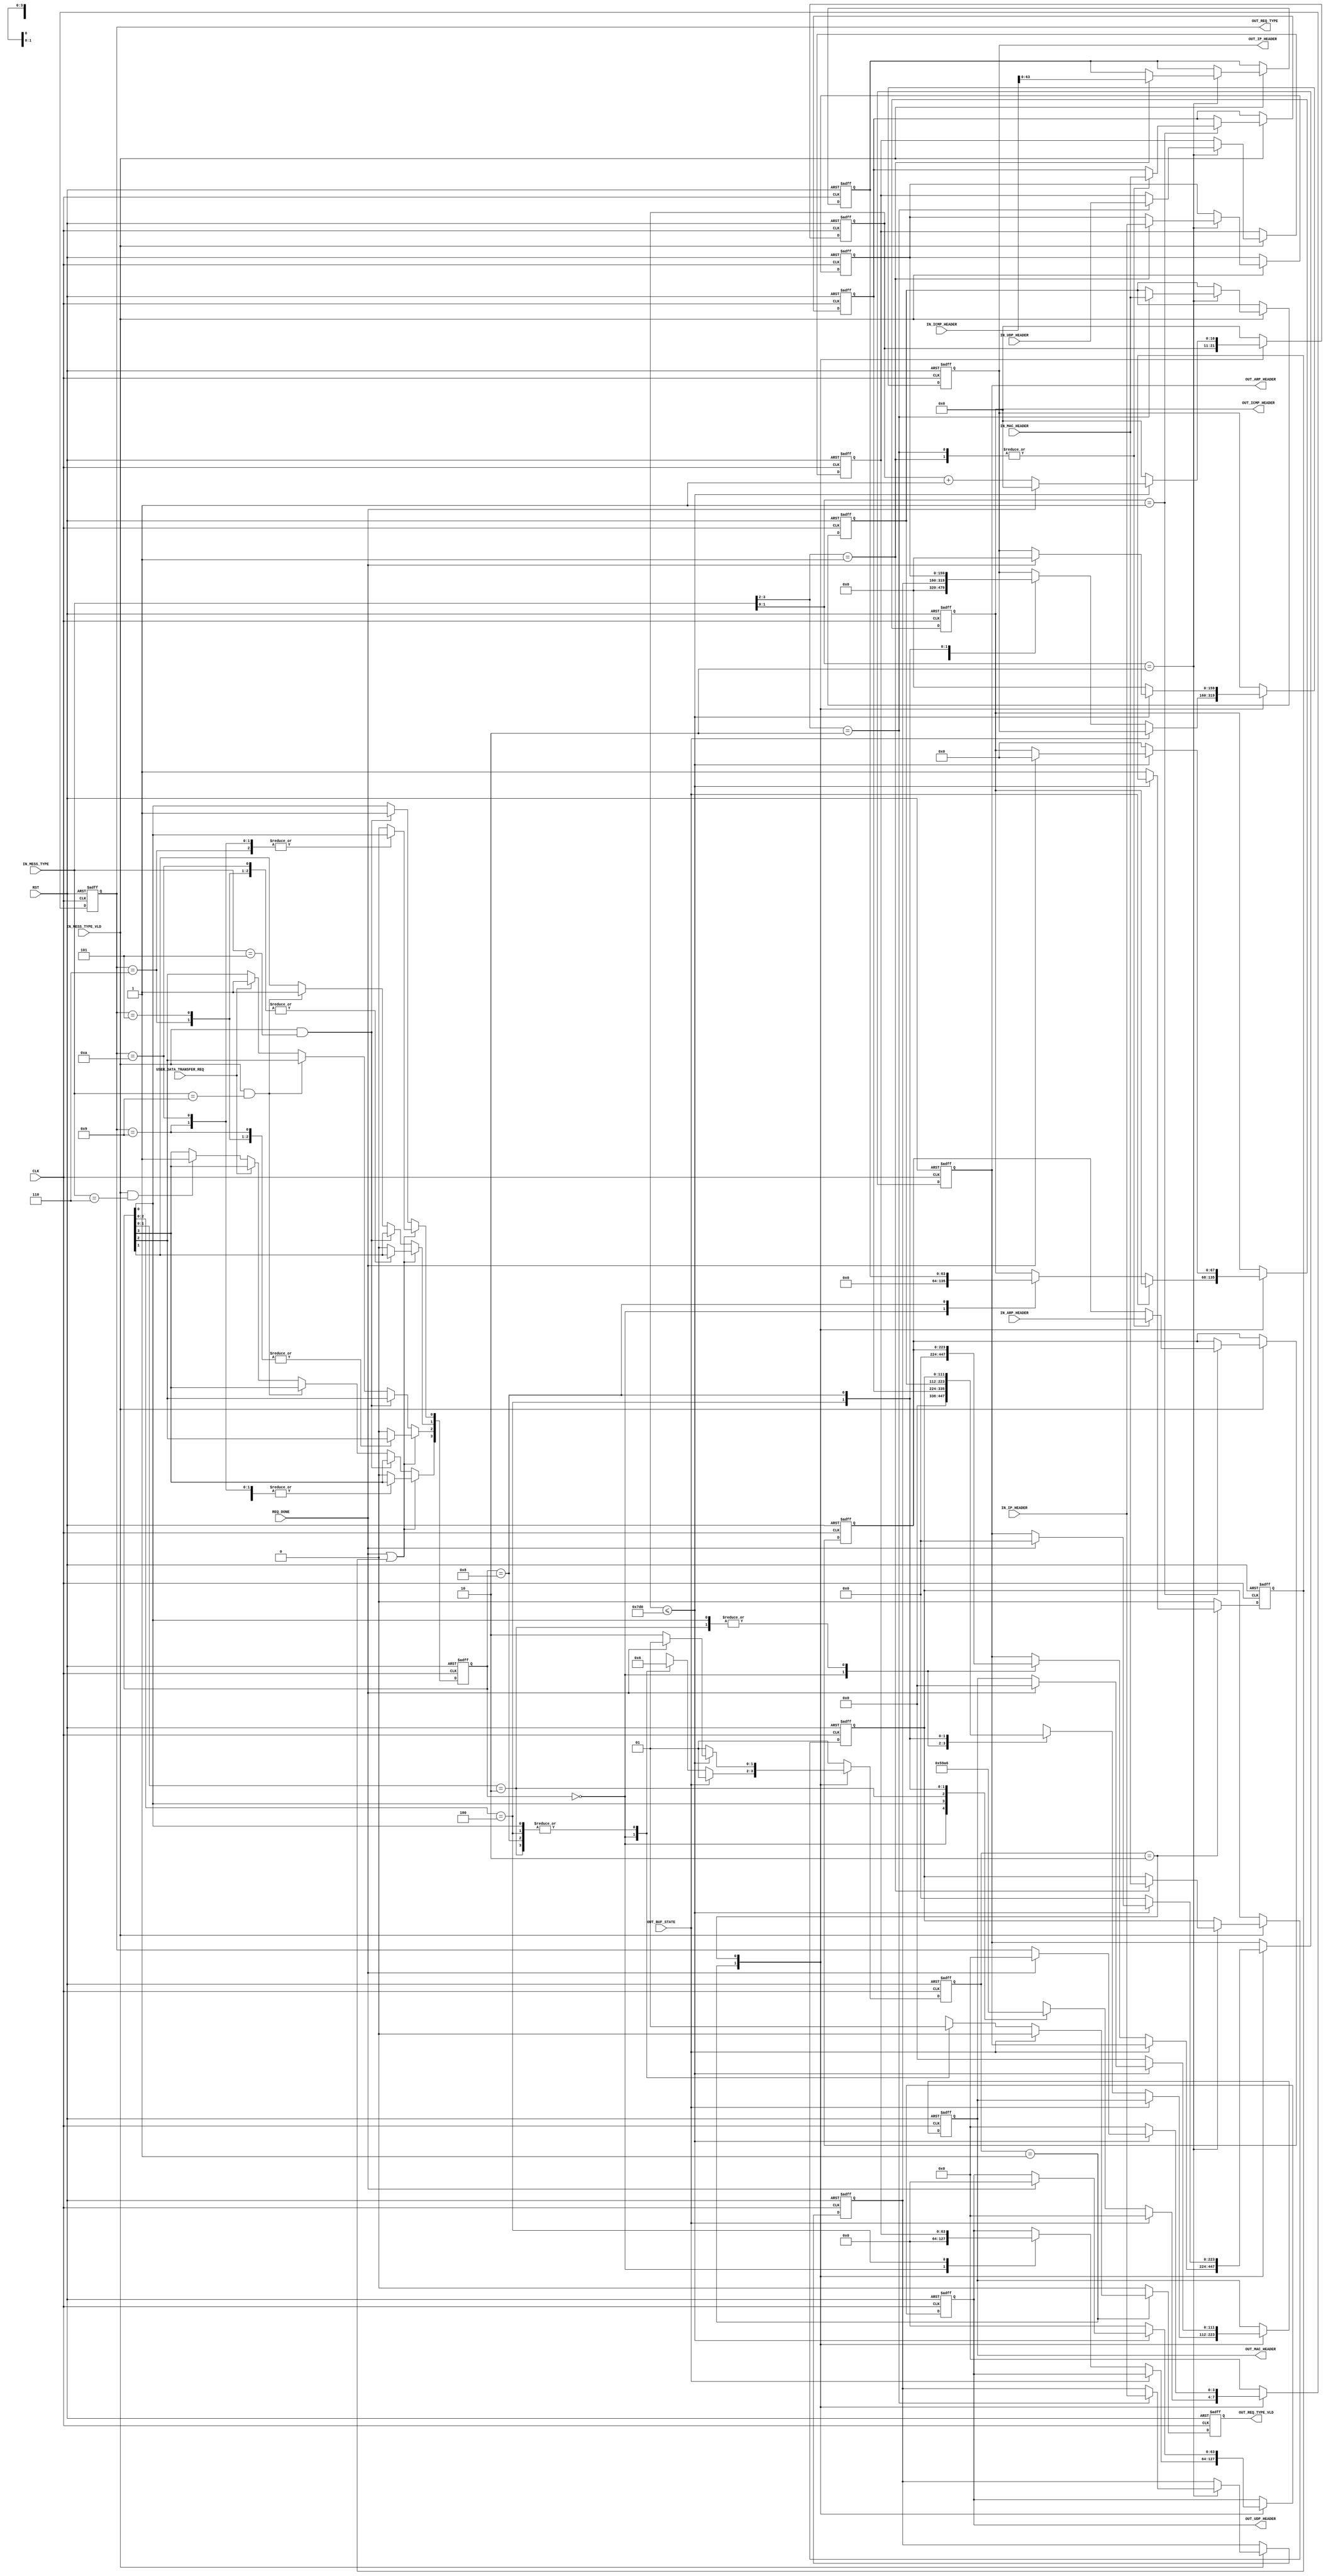
`timescale 1ns / 1ps

/*
DATA_CHANGING_CONTROLLER DATA_CHANGING_CONTROLLER_inst
(
.CLK                    (),
.RST                    (),

.IN_REQ_TYPE_VLD        (), //
.IN_REQ_TYPE            (), //   . 

.IN_MAC_HEADER          (), // [14*8-1:0]  
.IN_ARP_HEADER          (), // [28*8-1:0]
.IN_IP_HEADER           (), // [20*8-1:0]
.IN_ICMP_HEADER         (), // [8*8+4-1:0]
.IN_UDP_HEADER          (), // [8*8-1:0]
//.TCP_HEADER           (), //

.OUT_REQ_TYPE           (), //   
.OUT_REQ_TYPE_VLD       (), //               
.REQ_DONE               (), //   

.OUT_MAC_HEADER         (), // [14*8-1:0]  
.OUT_ARP_RARP_HEADER    (), // [28*8-1:0]  
.OUT_IP_HEADER          (), // [20*8-1:0]  
.OUT_ICMP_HEADER        (), // [8*8+4-1:0] 
.OUT_UDP_HEADER         ()  // [8*8-1:0]    
//.TCP_HEADER           ()  //
);
*/

/*
   Ethernet.      
  :
1) ARP, RARP,
2) UDP, TCP,
3) ICMP,

  ARP     MAC + ARP
  RARP     MAC + RARP
  ICMP     MAC + IP + ICMP
  UDP     MAC + IP + UDP 

      .          , 
              .    ,     .
*/

/*     */
`define UNSUPPORTED_TYPE_MES    4'bxx00
`define ARP_TYPE_MES            4'b0101
`define RARP_TYPE_MES           4'b1001
`define ICMP_TYPE_MES           4'b0110
`define UDP_TYPE_MES            4'b1010
`define TCP_TYPE_MES            4'b1110
/*****************************************/

module DATA_CHANGING_CONTROLLER
(
input  CLK,
input  RST,

input       IN_MESS_TYPE_VLD,
input [3:0] IN_MESS_TYPE,               //   . [1:0] -    , [3:2] -    
                                        // IN_MESS_TYPE [1:0] 2'b00 -    , 2'b01 - ARP , 2'b10 - IP . 
                                            // IN_MESS_TYPE [3:2]  ARP  2'b00 - ARP  , 2'b01 - RARP,
                                            // IN_MESS_TYPE [3:2]  IP   2'b00 - ICMP , 2'b01 - UDP, 2'b10 - TCP
                                        
input       USER_DATA_TRANSFER_REQ,     //        
 
input [14*8-1:0] IN_MAC_HEADER,         //  MAC 14 
input [28*8-1:0] IN_ARP_HEADER,
input [20*8-1:0] IN_IP_HEADER,
input [8*8+4-1:0]IN_ICMP_HEADER,
input [8*8-1:0]  IN_UDP_HEADER,
//input [20*8-1:0] TCP_HEADER,

input            OUT_BUF_STATE,     //     
output reg [3:0] OUT_REQ_TYPE,          
output reg       OUT_REQ_TYPE_VLD,  
input            REQ_DONE,    

output reg [14*8-1:0] OUT_MAC_HEADER,         
output reg [28*8-1:0] OUT_ARP_HEADER,
output reg [20*8-1:0] OUT_IP_HEADER,
output reg [8*8+4-1:0]OUT_ICMP_HEADER,
output reg [8*8-1:0]  OUT_UDP_HEADER
//output reg [20*8-1:0] TCP_HEADER,
);

localparam IDLE_ST = 2'b01,
           DONE_ST = 2'b10;     

//           , ,           
//              OUT_REQ_TYPE. 
//              .           
reg [3:0]      REQ_STACK; //  . 4'bxxx1 - ARP, 4'bxx1x - RARP, 4'bx1xx - UDP, 4'b1xxx - ICMP

reg [1:0]      ST;

reg [3:0]      IN_MESS_TYPE_reg; 

//      
reg [14*8-1:0] IN_MAC_ARP_RARP_HEADER_reg;      
reg [28*8-1:0] IN_ARP_RARP_HEADER_reg;

reg [14*8-1:0] IN_MAC_ICMP_HEADER_reg;   
reg [20*8-1:0] IN_IP_ICMP_HEADER_reg;
reg [8*8-1:0]  IN_ICMP_HEADER_reg;

reg [14*8-1:0] IN_MAC_UDP_HEADER_reg;
reg [20*8-1:0] IN_IP_UDP_HEADER_reg;
reg [8*8-1:0]  IN_UDP_HEADER_reg;

reg [10:0]     OVERTIME_CNT;        //         
reg            OVERTIME_EN;         //     
/**********************************************************************************************************************************/
/**********************************************************************************************************************************/
/************        ,      ******************/
/**********************************************************************************************************************************/
/**********************************************************************************************************************************/
always @(posedge CLK or posedge RST)
if (RST) 
    begin
        IN_MAC_ARP_RARP_HEADER_reg  <= 'd0;      
        IN_ARP_RARP_HEADER_reg      <= 'd0;
        
        IN_MAC_ICMP_HEADER_reg      <= 'd0;  
        IN_IP_ICMP_HEADER_reg       <= 'd0;
        IN_ICMP_HEADER_reg          <= 'd0;
        
        IN_MAC_UDP_HEADER_reg       <= 'd0;
        IN_IP_UDP_HEADER_reg        <= 'd0;
        IN_UDP_HEADER_reg           <= 'd0;
    end
else if (IN_MESS_TYPE_VLD)
    begin
    case (IN_MESS_TYPE[1:0])
        2'b00:          //  
            begin
                IN_MAC_ARP_RARP_HEADER_reg  <= IN_MAC_ARP_RARP_HEADER_reg;      
                IN_ARP_RARP_HEADER_reg      <= IN_ARP_RARP_HEADER_reg;
            
                IN_MAC_ICMP_HEADER_reg      <= IN_MAC_ICMP_HEADER_reg;  
                IN_IP_ICMP_HEADER_reg       <= IN_IP_ICMP_HEADER_reg;
                IN_ICMP_HEADER_reg          <= IN_ICMP_HEADER_reg;
            
                IN_MAC_UDP_HEADER_reg       <= IN_MAC_UDP_HEADER_reg;
                IN_IP_UDP_HEADER_reg        <= IN_IP_UDP_HEADER_reg;
                IN_UDP_HEADER_reg           <= IN_UDP_HEADER_reg;
            end
        2'b01:          // ARP
            begin
                case (IN_MESS_TYPE[3:2])
                    2'b01:      //ARP
                        begin
                            IN_MAC_ARP_RARP_HEADER_reg  <= IN_MAC_HEADER; 
                            IN_ARP_RARP_HEADER_reg      <= IN_ARP_HEADER;
                        end    
                    2'b10:      //RARP
                        begin
                            IN_MAC_ARP_RARP_HEADER_reg  <= IN_MAC_HEADER; 
                            IN_ARP_RARP_HEADER_reg      <= IN_ARP_HEADER;
                        end              
                    default:
                        begin
                            IN_MAC_ARP_RARP_HEADER_reg  <= IN_MAC_ARP_RARP_HEADER_reg; 
                            IN_ARP_RARP_HEADER_reg      <= IN_ARP_RARP_HEADER_reg;
                        end    
                endcase
            end
        2'b10:          // IP
                case (IN_MESS_TYPE[3:2])
                    2'b01:      // ICMP
                        begin
                            IN_MAC_ICMP_HEADER_reg      <= IN_MAC_HEADER;  
                            IN_IP_ICMP_HEADER_reg       <= IN_IP_HEADER;
                            IN_ICMP_HEADER_reg          <= IN_ICMP_HEADER;
                        end
                    2'b10:      // UDP
                        begin
                            IN_MAC_UDP_HEADER_reg       <= IN_MAC_HEADER;
                            IN_IP_UDP_HEADER_reg        <= IN_IP_HEADER;
                            IN_UDP_HEADER_reg           <= IN_UDP_HEADER;
                        end   
                    //2'b11:      // TCP
                    //    begin
                    //    end
                    default:
                        begin
                            IN_MAC_ICMP_HEADER_reg      <= IN_MAC_ICMP_HEADER_reg ;  
                            IN_IP_ICMP_HEADER_reg       <= IN_IP_ICMP_HEADER_reg;
                            IN_ICMP_HEADER_reg          <= IN_ICMP_HEADER_reg;
                        
                            IN_MAC_UDP_HEADER_reg       <= IN_MAC_UDP_HEADER_reg;
                            IN_IP_UDP_HEADER_reg        <= IN_IP_UDP_HEADER_reg;
                            IN_UDP_HEADER_reg           <= IN_UDP_HEADER_reg;
                        end
                  endcase
        default:
            begin
                IN_MAC_ARP_RARP_HEADER_reg  <= IN_MAC_ARP_RARP_HEADER_reg; 
                IN_ARP_RARP_HEADER_reg      <= IN_ARP_RARP_HEADER_reg;
                
                IN_MAC_ICMP_HEADER_reg      <= IN_MAC_ICMP_HEADER_reg ;  
                IN_IP_ICMP_HEADER_reg       <= IN_IP_ICMP_HEADER_reg;
                IN_ICMP_HEADER_reg          <= IN_ICMP_HEADER_reg;
        
                IN_MAC_UDP_HEADER_reg       <= IN_MAC_UDP_HEADER_reg;
                IN_IP_UDP_HEADER_reg        <= IN_IP_UDP_HEADER_reg;
                IN_UDP_HEADER_reg           <= IN_UDP_HEADER_reg;
            end
     endcase       
    end
/*******************************************************************/
/*****************    **********************/
/*******************************************************************/
    always @(posedge CLK or posedge RST)
    if (RST) 
        begin
            IN_MESS_TYPE_reg            <= 'd0; 
            REQ_STACK                   <= 4'b0000;
        end
    else if (REQ_DONE || OVERTIME_EN)              //     ,   ,          
        case (OUT_REQ_TYPE)
                `ARP_TYPE_MES:  REQ_STACK[0]       <= 1'b0;      // ARP
                `RARP_TYPE_MES: REQ_STACK[1]       <= 1'b0;      // RARP
                `UDP_TYPE_MES:  REQ_STACK[2]       <= 1'b0;      // UDP
                `ICMP_TYPE_MES: REQ_STACK[3]       <= 1'b0;      // ICMP
                default:  REQ_STACK                <= 0;
        endcase
    else        
        begin    //     -    
               if ((IN_MESS_TYPE_VLD)&&(IN_MESS_TYPE == `ARP_TYPE_MES))   REQ_STACK[0] <= 1'b1; // ARP   
          else if ((IN_MESS_TYPE_VLD)&&(IN_MESS_TYPE == `RARP_TYPE_MES))  REQ_STACK[1] <= 1'b1; // RARP  
          else if (USER_DATA_TRANSFER_REQ)                                REQ_STACK[2] <= 1'b1; //         
          else if ((IN_MESS_TYPE_VLD)&&(IN_MESS_TYPE == `ICMP_TYPE_MES))  REQ_STACK[3] <= 1'b1; // RARP
          else                                                            REQ_STACK    <= REQ_STACK;                          
        end

/**********************************************************************/
/****************    ******************************/
/**********************************************************************/
/*
 :
   ARP  RARP ,    ARP    ,        
     UDP  TCP
   ICMP,         ,    -  
*/

always @(posedge CLK or posedge RST)
if (RST)
    begin
        ST                  <= IDLE_ST;
        
        OUT_REQ_TYPE        <= 4'd0;
        OUT_REQ_TYPE_VLD    <= 1'b0;
        
        OUT_MAC_HEADER      <= 'd0;
        OUT_ARP_HEADER      <= 'd0;
        OUT_IP_HEADER       <= 'd0;
        OUT_ICMP_HEADER     <= 'd0;
        OUT_UDP_HEADER      <= 'd0;
        
        OVERTIME_CNT        <= 11'b0;       //    .       ,        
        OVERTIME_EN         <= 1'b0;
    end
else case(ST)
IDLE_ST:    
        begin
        OVERTIME_EN         <= 1'b0;    
        if (OUT_BUF_STATE == 1'b0)    //     
            begin
                casex (REQ_STACK)
                    4'b0000:
                        begin
                            ST                  <= IDLE_ST;
                                        
                            OUT_REQ_TYPE        <= 4'b0000;
                            OUT_REQ_TYPE_VLD    <= 1'b0;
                            OUT_MAC_HEADER      <= 'd0;
                            OUT_ARP_HEADER      <= 'd0;
                            OUT_IP_HEADER       <= 'd0;
                            OUT_ICMP_HEADER     <= 'd0;
                            OUT_UDP_HEADER      <= 'd0;
                        end
  
  /*ARP*/           4'bxxx1:
                        begin
                            ST                  <= DONE_ST;
                         
                            OUT_REQ_TYPE        <= `ARP_TYPE_MES;
                            OUT_REQ_TYPE_VLD    <= 1'b1;
                            OUT_MAC_HEADER      <= IN_MAC_ARP_RARP_HEADER_reg;
                            OUT_ARP_HEADER      <= IN_ARP_RARP_HEADER_reg;
                        end    
  /*RARP*/          4'bxx10:
                        begin
                            ST                  <= DONE_ST;
                     
                            OUT_REQ_TYPE        <= `RARP_TYPE_MES;
                            OUT_REQ_TYPE_VLD    <= 1'b1;
                            OUT_MAC_HEADER      <= IN_MAC_ARP_RARP_HEADER_reg;
                            OUT_ARP_HEADER      <= IN_ARP_RARP_HEADER_reg;
                        end
  /*UDP*/           4'bx100:
                        begin
                           ST                  <= DONE_ST;
                                       
                           OUT_REQ_TYPE        <= `UDP_TYPE_MES;
                           OUT_REQ_TYPE_VLD    <= 1'b1;
                           
                           OUT_MAC_HEADER      <= IN_MAC_UDP_HEADER_reg;
                           OUT_IP_HEADER       <= IN_IP_UDP_HEADER_reg;
                           OUT_UDP_HEADER      <= IN_UDP_HEADER_reg;
                        end
  /*ICMP*/          4'b1000:
                        begin
                           ST                  <= DONE_ST;
                                         
                           OUT_REQ_TYPE        <= `ICMP_TYPE_MES;
                           OUT_REQ_TYPE_VLD    <= 1'b1;
                             
                           OUT_MAC_HEADER      <= IN_MAC_ICMP_HEADER_reg;
                           OUT_IP_HEADER       <= IN_IP_ICMP_HEADER_reg;
                           OUT_ICMP_HEADER     <= IN_ICMP_HEADER_reg;
                         end
                endcase
            end
        else 
            begin
                    ST                  <= IDLE_ST;
                                
                    OUT_REQ_TYPE        <= 4'b0000;
                    OUT_REQ_TYPE_VLD    <= 1'b0;
                    OUT_MAC_HEADER      <= OUT_MAC_HEADER;
                    OUT_ARP_HEADER      <= OUT_ARP_HEADER;
                    OUT_IP_HEADER       <= OUT_IP_HEADER;
                    OUT_ICMP_HEADER     <= OUT_ICMP_HEADER;
                    OUT_UDP_HEADER      <= OUT_UDP_HEADER;
            end
        end    
DONE_ST:    if  (OVERTIME_CNT <= 11'd2000)
                begin
                    if (REQ_DONE)
                        begin
                            ST                  <= IDLE_ST;
             
                            OUT_REQ_TYPE        <= 'd0;
                            OUT_REQ_TYPE_VLD    <= 1'b0;
                            OUT_MAC_HEADER      <= 'd0;
                            OUT_ARP_HEADER      <= 'd0;
                            OUT_IP_HEADER       <= 'd0;
                            OUT_ICMP_HEADER     <= 'd0;
                            OUT_UDP_HEADER      <= 'd0;
                            
                            OVERTIME_CNT        <= 11'd0;
                        end    
                    else    
                        begin
                            ST                  <= DONE_ST;
                 
                            OUT_REQ_TYPE        <= OUT_REQ_TYPE;
                            OUT_REQ_TYPE_VLD    <= 1'b0;
                            OUT_MAC_HEADER      <= OUT_MAC_HEADER;
                            OUT_ARP_HEADER      <= OUT_ARP_HEADER;
                            OUT_IP_HEADER       <= OUT_IP_HEADER;
                            OUT_ICMP_HEADER     <= OUT_ICMP_HEADER;
                            OUT_UDP_HEADER      <= OUT_UDP_HEADER;
                            
                            OVERTIME_CNT        <= OVERTIME_CNT + 1'b1;
                        end
                end        
             else
                begin
                    ST                  <= IDLE_ST;
  
                    OUT_REQ_TYPE        <= 'd0;
                    OUT_REQ_TYPE_VLD    <= 1'b0;
                    OUT_MAC_HEADER      <= 'd0;
                    OUT_ARP_HEADER      <= 'd0;
                    OUT_IP_HEADER       <= 'd0;
                    OUT_ICMP_HEADER     <= 'd0;
                    OUT_UDP_HEADER      <= 'd0;
                 
                    OVERTIME_CNT        <= 11'd0;
                    OVERTIME_EN         <= 1'b1;
                end     

default:    begin
                ST                  <= IDLE_ST;
         
                OUT_REQ_TYPE        <= 4'b0;
                OUT_REQ_TYPE_VLD    <= 1'b0;
                OUT_MAC_HEADER      <= OUT_MAC_HEADER;
                OUT_ARP_HEADER      <= OUT_ARP_HEADER;
                OUT_IP_HEADER       <= OUT_IP_HEADER;
                OUT_ICMP_HEADER     <= OUT_ICMP_HEADER;
                OUT_UDP_HEADER      <= OUT_UDP_HEADER;
                
                OVERTIME_CNT        <= 11'd0;
                OVERTIME_EN         <= 1'b0;
            end    

endcase
/*
//////////////////////////////////////////////////////////////////////////////////////////////////////////////////////////////////////////////////////////////////////////////////////////////////////////////////////////////////////////
/////////////////////////////////////////////////////////////////////////////////////////////////  CHIP SCOPE ///////////////////////////////////////////////////////////////////////////////////////////////////////
//////////////////////////////////////////////////////////////////////////////////////////////////////////////////////////////////////////////////////////////////////////////////////////////////////////////////////////////////////////
wire [35:0] CONTROL0;
	    
	     chipscope_icon_v1_06_a_0 ICON
	(	    .CONTROL0			(CONTROL0)	);
	
	chipscope_ila_v1_05_a_0 ILA
	(
	    .CONTROL	    (CONTROL0), // INOUT BUS [35:0]
	    .CLK			(CLK), // IN
	    
	    .TRIG0			({44'b0,USER_DATA_TRANSFER_REQ,ST,REQ_STACK,OVERTIME_EN,REQ_DONE,OUT_BUF_STATE,OUT_REQ_TYPE,OUT_REQ_TYPE_VLD,IN_MESS_TYPE,IN_MESS_TYPE_VLD}), // IN BUS [63:0]
	    .TRIG1			(64'b0) // IN BUS [63:0]
	);
*/
endmodule